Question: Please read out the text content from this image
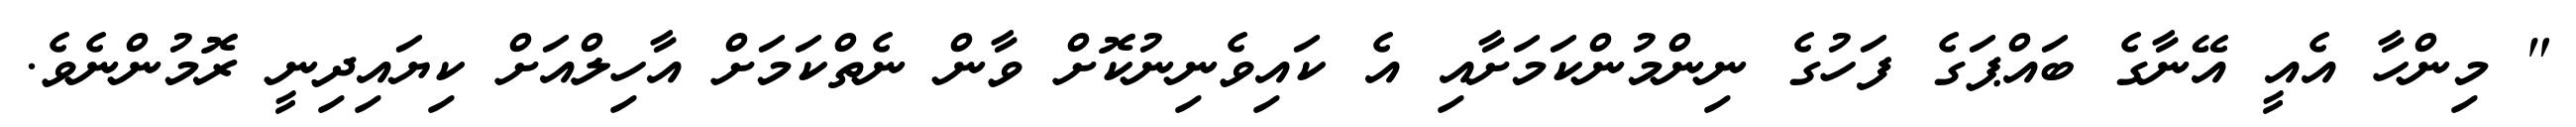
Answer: " މިންހާ އެއީ އޭނާގެ ބައްޕަގެ ފަހުގެ ނިންމުންކަމަށާއި އެ ކައިވެނިނުކޮށް ވާން ނެތްކަމަށް އާހިލްއަށް ކިޔައިދިނީ ރޮމުންނެވެ.